Civil Veterinary Department. Central Provinces & Berar 1925-31 - 1925-1931
Year: 1925
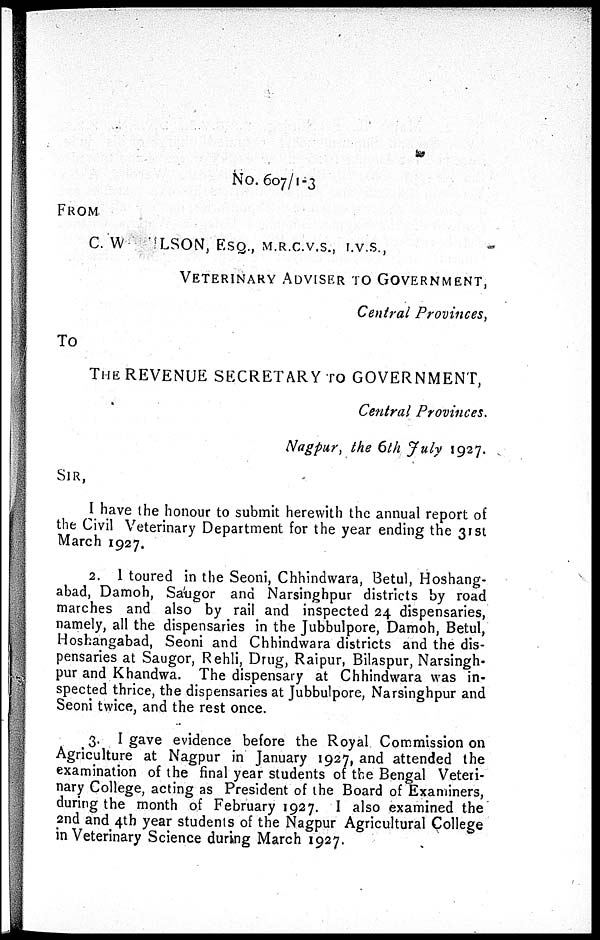
No. 607/1-3
FROM
C. W ILSON, ESQ., M.r.C.V.S., I.V.S.,
VETERINARY ADVISER TO GOVERNMENT,
Central Provinces,
To
THE REVENUE SECRETARY TO GOVERNMENT,
Central Provinces.
Nagpur, the 6th July 1927.
SIR,
I have the honour to submit herewith the annual report of
the Civil Veterinary Department for the year ending the 31st
March 1927.
2. I toured in the Seoni, Chhindwara, Betul, Hoshang-
abad, Damoh, Saugor and Narsinghpur districts by road
marches and also by rail and inspected 24 dispensaries,
namely, all the dispensaries in the Jubbulpore, Damoh, Betul,
Hoshangabad, Seoni and Chhindwara districts and the dis-
pensaries at Saugor, Rehli, Drug, Raipur, Bilaspur, Narsingh-
pur and Khandwa. The dispensary at Chhindwara was in-
spected thrice, the dispensaries at Jubbulpore, Narsinghpur and
Seoni twice, and the rest once.
3. I gave evidence before the Royal Commission on
Agriculture at Nagpur in January 1927, and attended the
examination of the final year students of the Bengal Veteri-
nary College, acting as President of the Board of Examiners,
during the month of February 1927. I also examined the
2nd and 4th year students of the Nagpur Agricultural College
in Veterinary Science during March 1927.